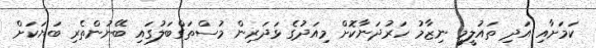
ކަމަށާއި އަދި ތައުލީމީ ނިޒާމު ހަރުދަނާކޮށް މިއަދުގެ ޅަދަރިން މުސްތަގްބަލުގައި ބޭނުންތެރި ބަަޔަކަށް